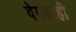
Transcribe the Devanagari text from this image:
वेगळाही